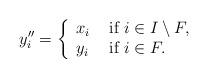
LaTeX: \begin{align*}y''_i=\left\{\begin{array}{ll} x_i & \mbox{ if } i\in I\setminus F ,\\ y_i & \mbox{ if } i\in F. \end{array} \right.\end{align*}